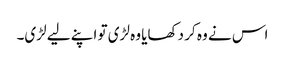
اس نے وہ کر دکھایا وہ لڑی تو اپنے لیے لڑی۔